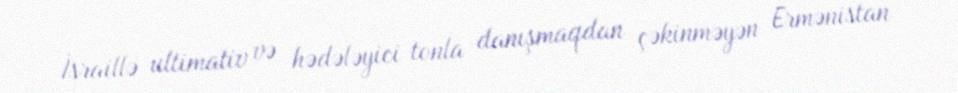
İsraillə ultimativ və hədələyici tonla danışmaqdan çəkinməyən Ermənistan